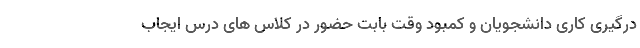
درگیری کاری دانشجویان و کمبود وقت بابت حضور در کلاس های درس ایجاب